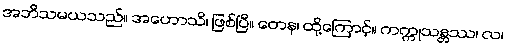
အဘိသမယသည်။ အဟောသိ၊ ဖြစ်ပြီ။ တေန၊ ထို့ကြောင့်။ ကက္ကုသန္တဿ၊ လ၊